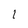
Character: 1